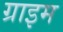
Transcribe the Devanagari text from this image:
ग्राइम